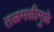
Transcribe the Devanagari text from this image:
तळमळीमुळे